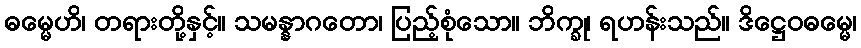
ဓမ္မေဟိ၊ တရားတို့နှင့်။ သမန္နာဂတော၊ ပြည့်စုံသော။ ဘိက္ခု၊ ရဟန်းသည်။ ဒိဋ္ဌေဝဓမ္မေ၊